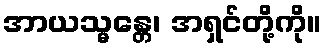
အာယသ္မန္တေ၊ အရှင်တို့ကို။